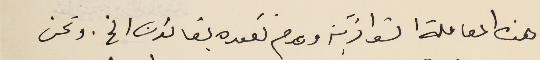
هذه المعاملة الشواذيَة وعدم تقيده بقانون الخ. ونحن